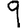
Digit: 9